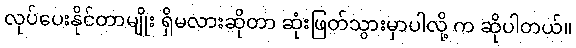
လုပ်ပေးနိုင်တာမျိုး ရှိမလားဆိုတာ ဆုံးဖြတ်သွားမှာပါလို့ က ဆိုပါတယ်။